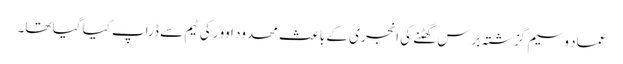
عماد وسیم گزشتہ برس گھٹنے کی انجری کے باعث محدود اوور کی ٹیم سے ڈراپ کیا گیا تھا۔